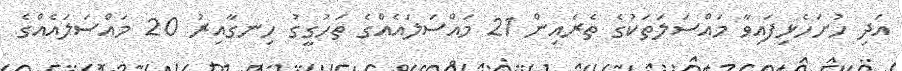
އަދި ހުށަހެޅިފައިވާ މައްސަލަތަކުގެ ތެރެއިން 21 މައްސަލައެއްގެ ތަހުގީގު ހިނގާއިރު 20 މައްސަލައެއްގެ